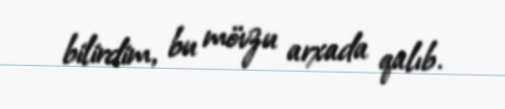
bilirdim, bu mövzu arxada qalıb.